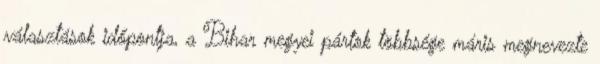
választások időpontja, a Bihar megyei pártok többsége máris megnevezte